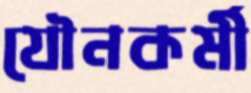
যৌনকর্মী